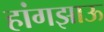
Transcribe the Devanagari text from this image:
हांगझाऊ